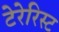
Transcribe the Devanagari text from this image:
टेरेरिस्ट